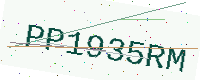
Text: PP1935RM